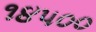
૧૪૫૦૦